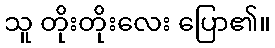
သူ တိုးတိုးလေး ပြော၏။